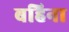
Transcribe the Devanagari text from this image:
बहिना